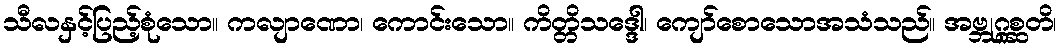
သီလနှင့်ပြည့်စုံသော။ ကလျာဏော၊ ကောင်းသော။ ကိတ္တိသဒ္ဒေါ၊ ကျော်စောသောအသံသည်။ အဗ္ဘုဂ္ဂစ္ဆတိ၊